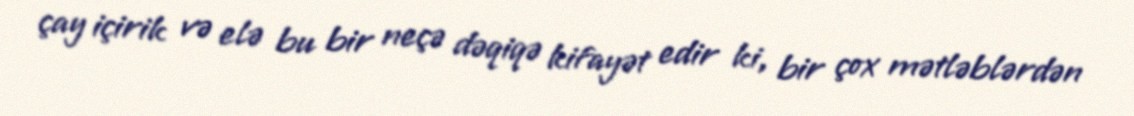
çay içirik və elə bu bir neçə dəqiqə kifayət edir ki, bir çox mətləblərdən